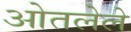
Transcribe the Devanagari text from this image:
ओतलेले